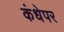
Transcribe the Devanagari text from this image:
कंधेपर